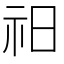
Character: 𥘗